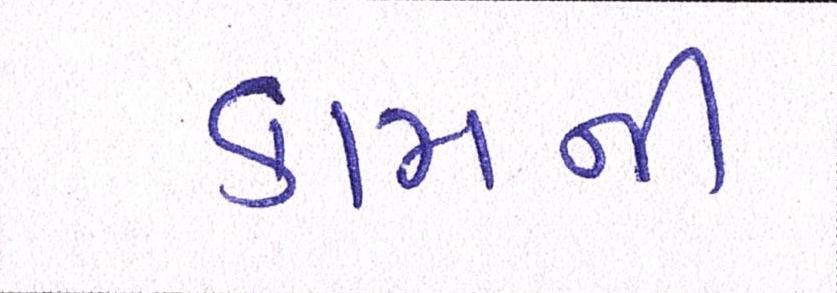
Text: કામની